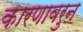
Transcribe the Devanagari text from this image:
कारणावरुन